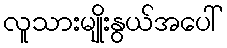
လူသားမျိုးနွယ်အပေါ်